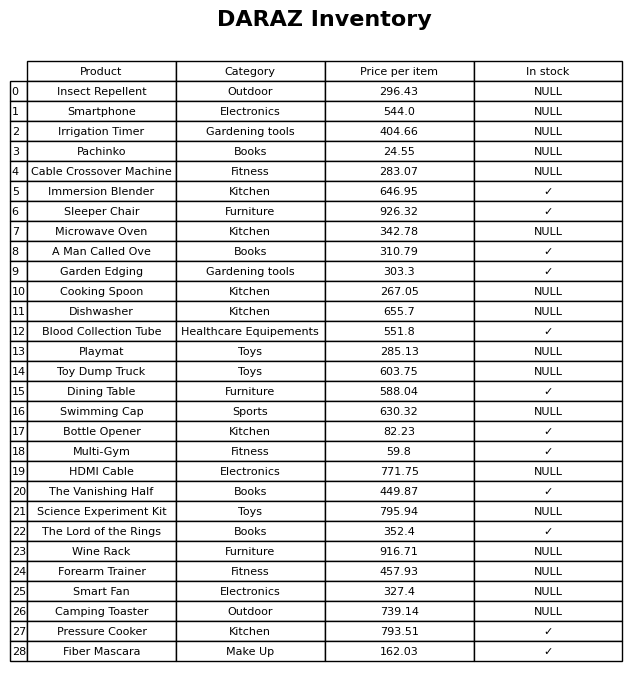
question: Is the Garden Edging in stock?
answer: ✓